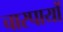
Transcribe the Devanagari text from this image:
चारपायों